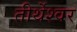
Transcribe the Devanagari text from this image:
तीर्थेश्वर